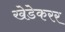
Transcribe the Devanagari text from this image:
खेडेकरर